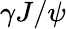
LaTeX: \gamma J/\psi